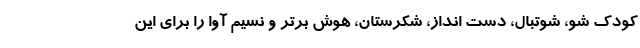
کودک شو، شوتبال، دست انداز، شکرستان، هوش برتر و نسیم آوا را برای این